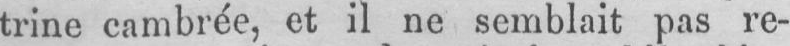
trine cambrée, et il ne semblait pas re-